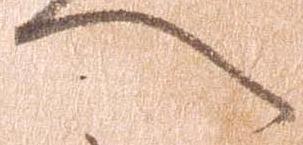
へ